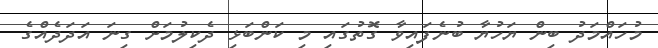
މުހައްމަދު ބިން ޔަހުޔާ ބުނެފައިވާ ގޮތުގައި މި ކަންބަޅި ދެކިލުމަށް ގިނަ އަދަދެއްގެ